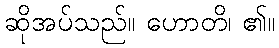
ဆိုအပ်သည်။ ဟောတိ၊ ၏။